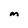
Character: m